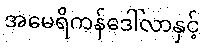
အမေရိကန်ဒေါ်လာနှင့်